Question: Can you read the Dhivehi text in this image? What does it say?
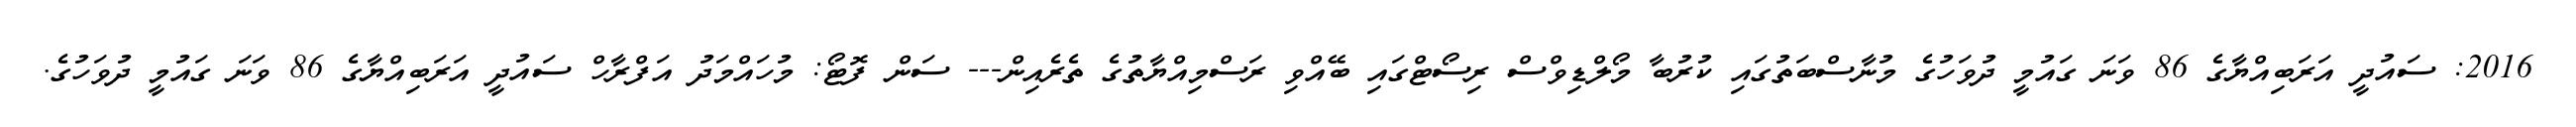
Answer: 2016: ސައުދީ އަރަބިއްޔާގެ 86 ވަނަ ގައުމީ ދުވަހުގެ މުނާސްބަތުގައި ކުރުބާ މޯލްޑިވްސް ރިސޯޓްގައި ބޭއްވި ރަސްމިއްޔާތުގެ ތެރެއިން--- ސަން ފޮޓޯ: މުހައްމަދު އަފްރާހް ސައުދީ އަރަބިއްޔާގެ 86 ވަނަ ގައުމީ ދުވަހުގެ.